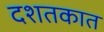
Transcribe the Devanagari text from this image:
दशतकात